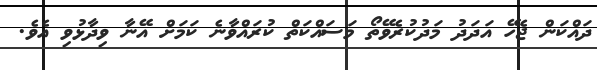
ދައްކަން ޖެހޭ އަދަދު މަދުކުރެވޭތޯ މަސައްކަތް ކުރައްވާނެ ކަމަށް އޭނާ ވިދާޅުވި އެވެ.